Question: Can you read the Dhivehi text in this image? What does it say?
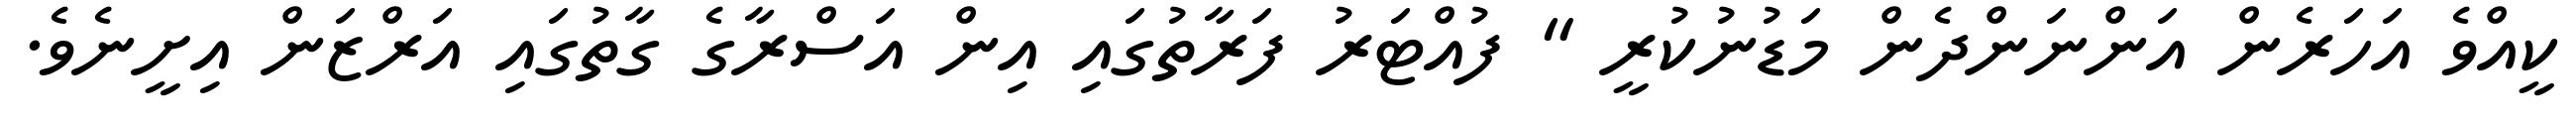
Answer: ކީއްވެ އަހަރެން އަންނަންދެން މަޑުނުކުރީ " ފުއްޓަރު ފަރާތުގައި އިން އަސްރާގެ ގާތުގައި އަރްޒަން އިށީނެވެ.